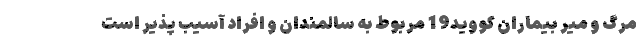
مرگ و میر بیماران کووید19 مربوط به سالمندان و افراد آسیب پذیر است